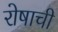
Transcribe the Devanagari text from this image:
रोषाची